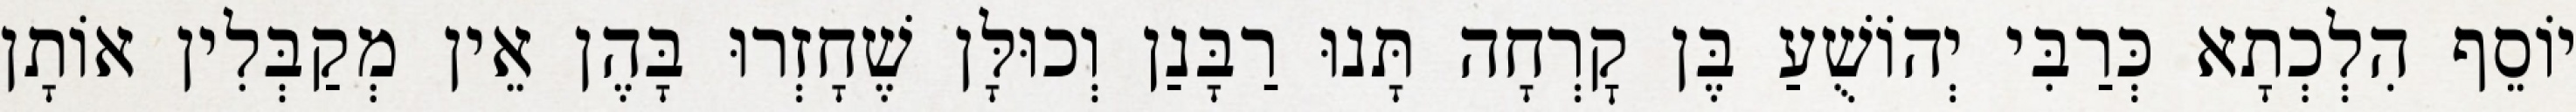
יוֹסֵף הִלְכְתָא כְּרַבִּי יְהוֹשֻׁעַ בֶּן קׇרְחָה תָּנוּ רַבָּנַן וְכוּלָּן שֶׁחָזְרוּ בָּהֶן אֵין מְקַבְּלִין אוֹתָן